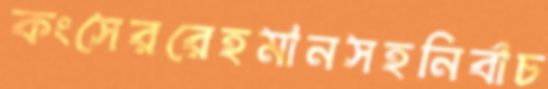
কংসেররেহমানসহনির্বাচ